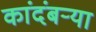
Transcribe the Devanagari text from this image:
कांदंबर्‍या